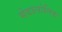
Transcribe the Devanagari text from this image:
मेवालोनिक